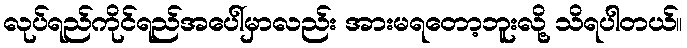
လုပ်ရည်ကိုင်ရည်အပေါ်မှာလည်း အားမရတော့ဘူးလို့ သိရပါတယ်။